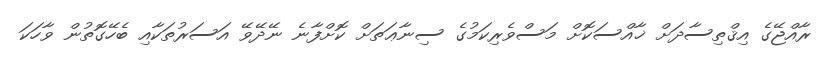
ރާއްޖޭގެ އިޤްތިސާދަށް ޚާއްސަކޮށް މަސްވެރިކަމުގެ ސިނާޢަތަށް ކޮށްފާނެ ނޭދޭވޭ އަސަރުތަކާއި ބެހޭގޮތުން ވާހަކަ